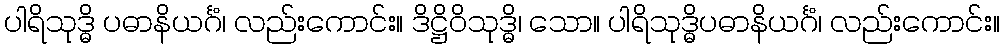
ပါရိသုဒ္ဓိ ပဓာနိယင်္ဂံ၊ လည်းကောင်း။ ဒိဋ္ဌိဝိသုဒ္ဓိ၊ သော။ ပါရိသုဒ္ဓိပဓာနိယင်္ဂံ၊ လည်းကောင်း။